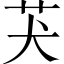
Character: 𦬫